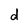
Character: d